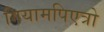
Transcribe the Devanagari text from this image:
गियामपिएत्रो